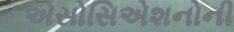
એસોસિએશનોની